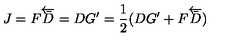
J = F \overleftarrow { \bar { D } } = D G ^ { \prime } = \frac { 1 } { 2 } ( D G ^ { \prime } + F \overleftarrow { \bar { D } } )